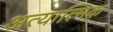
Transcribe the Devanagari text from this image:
अत्यात्मिक